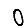
Digit: 0